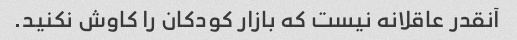
آنقدر عاقلانه نیست که بازار کودکان را کاوش نکنید.